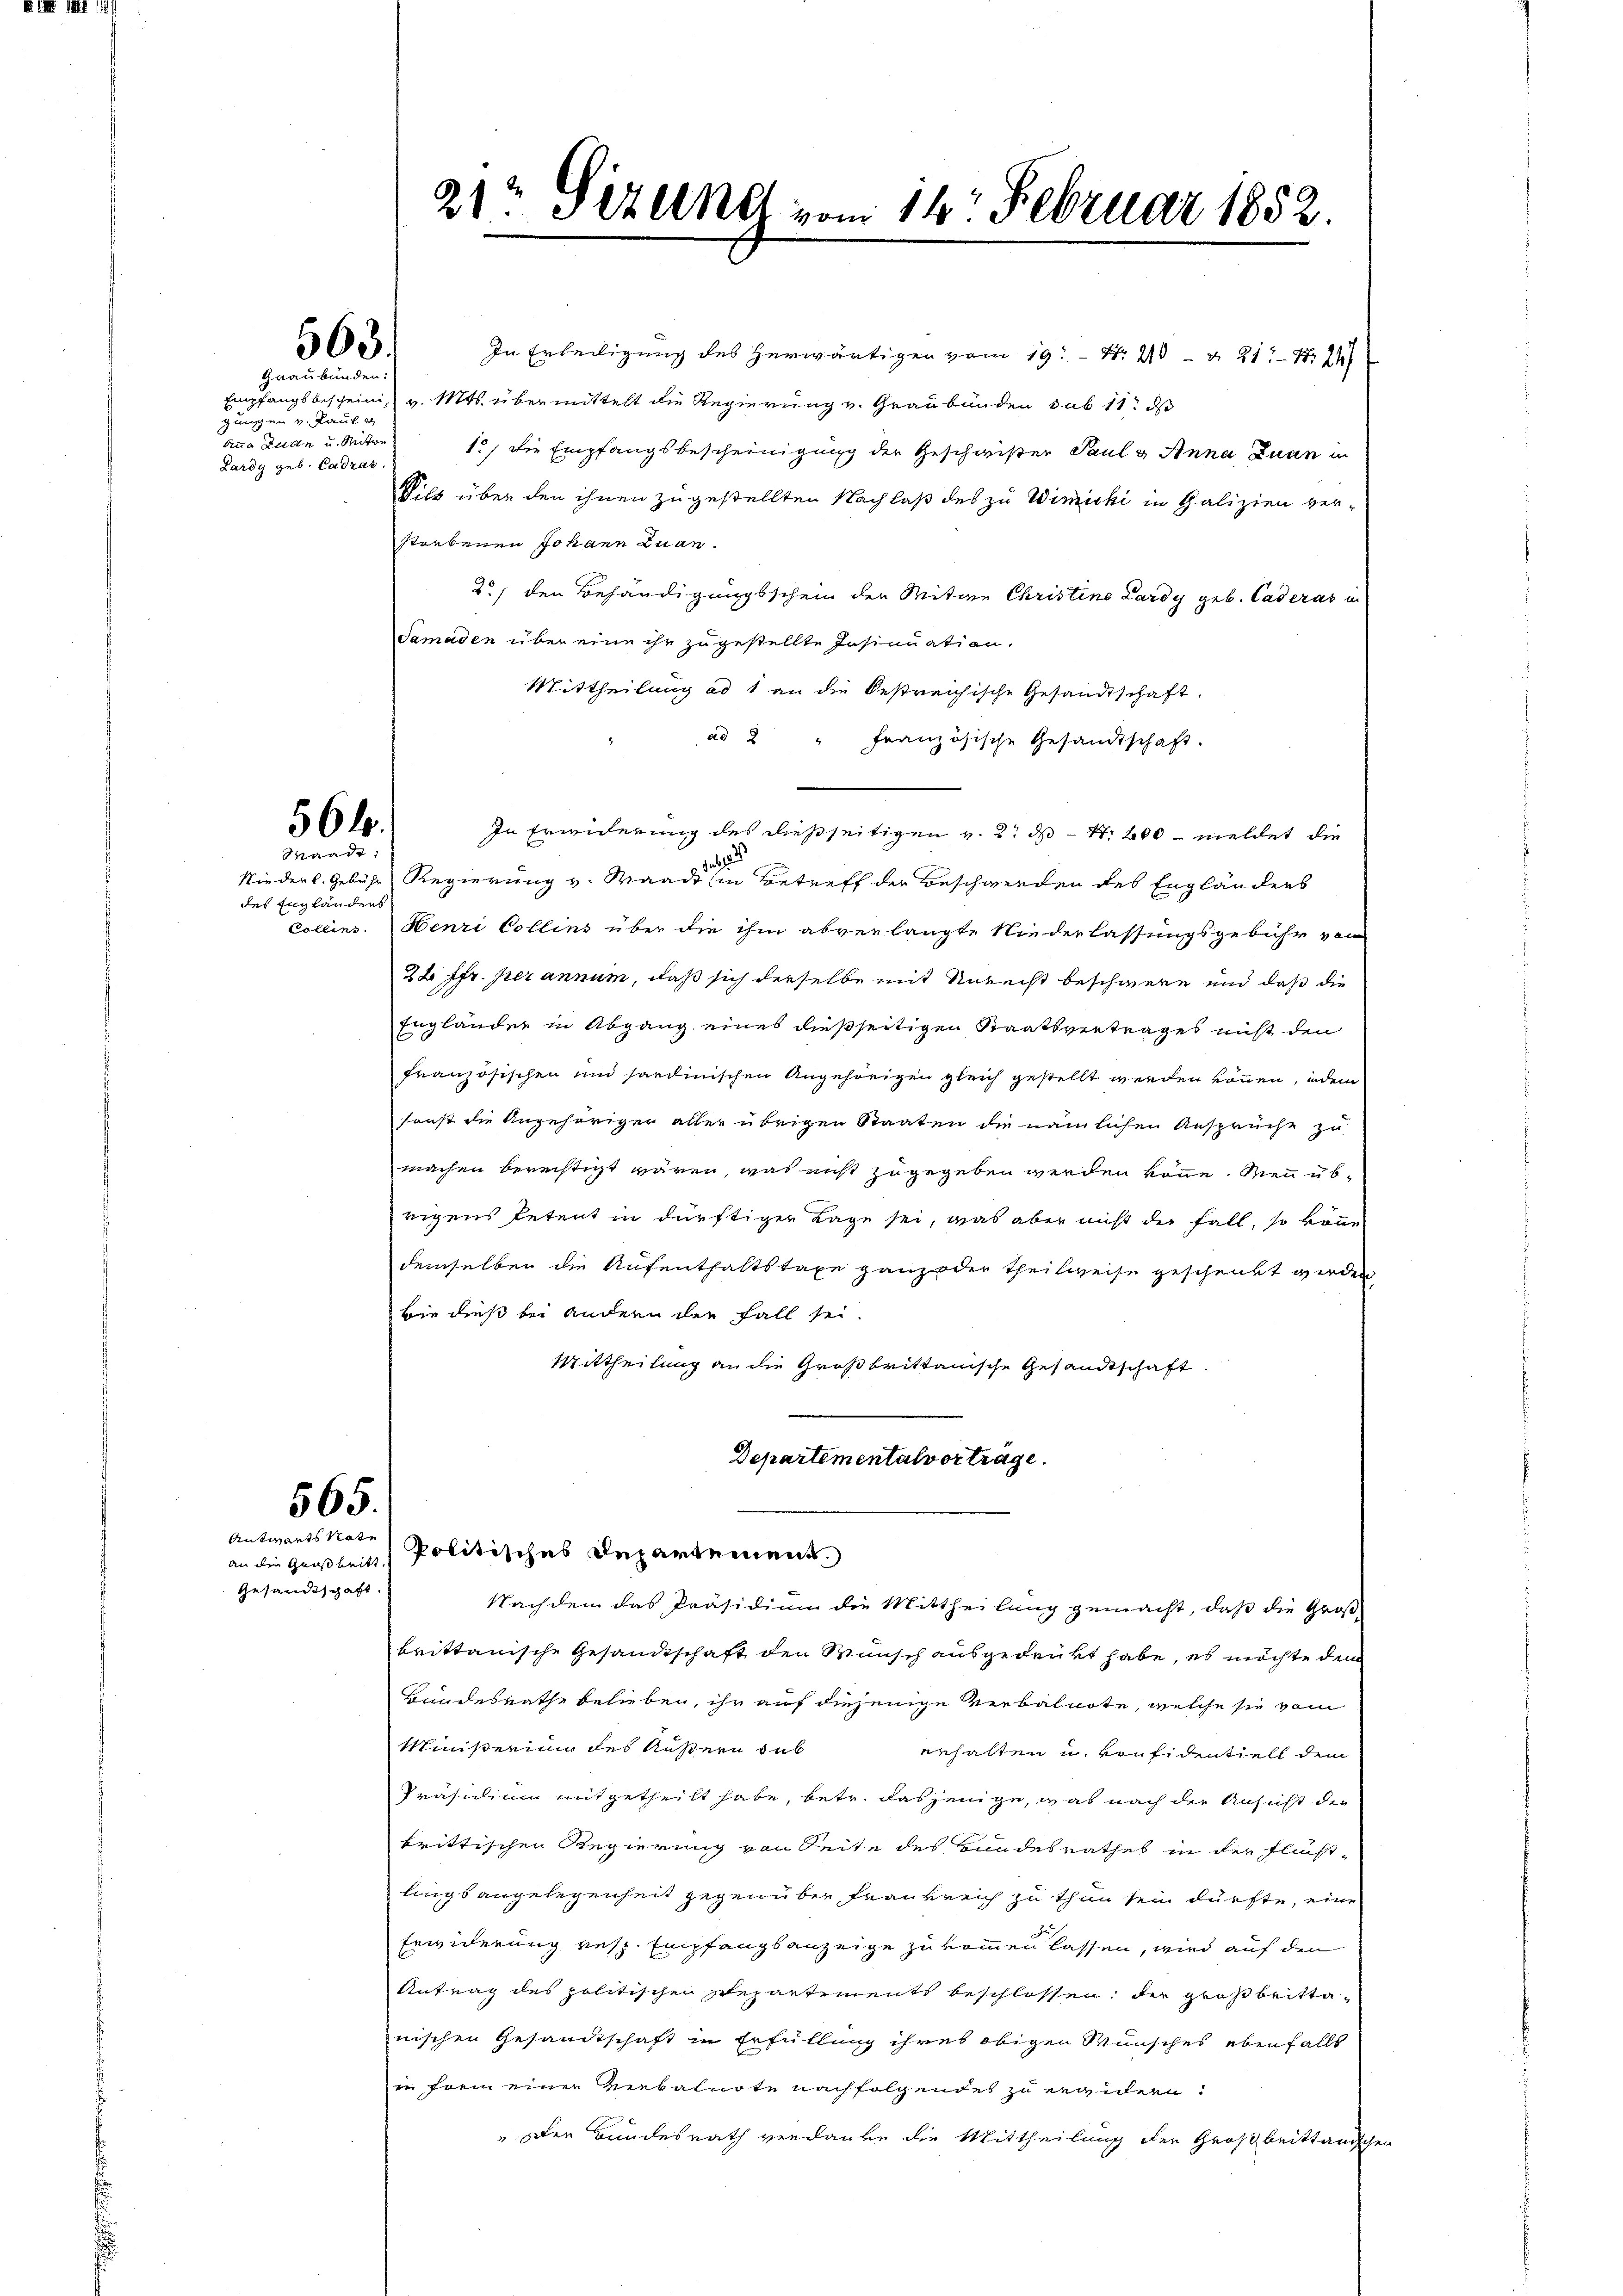
E

III 11

gungen v. Paul g
Anna Zuren u. Mitwe
Lardy geb. Cadrat

563.
Graubünden:

In Erteiligung des herwärtigen vom 19. N. 20 - & 21. Nr. 241
Empfangsbescheinig v. Mts. übermittelt die Regierung v. Graubünden sub 11 d
1.) Die Empfangsbescheinigung der Geschwister Paul u. Anna Zuan in
Vils über den ihnen zugestellten Nachlaß des zu Winicki in Galizien ver-
storbenen Johann Luan.
d., den Behändigungsschein der Mitwe Christine Lardy geb. Caderat in
Samaden über eine ihr zugestellte Insinuation.
Mittheilung ad 1 an die bestreichische Gesandtschaft.
ad 2 " französische Gesandtschaft.
In Erwiderung des dießseitigen v. 2. ds N. 400 meldet die

Niederl. Gebühr Regierung v. Waadt in Betreff der Beschwerden des Engländers
Collins. Henri Collins über die ihm abverlangte Niederlassungsgebühr von
2x ffr. per annum, daß sich derselbe mit Unrecht beschwere und daß die
Engländer in Abgang eines dießseitigen Staatsvertrages nicht den
Französischen und sardinischen Angehörigen gleich gestellt werden können, indem
sonst die Angehöriger aller übrigen Staaten die nämlichen Ansprüche zu
machen berechtigt wären, was nicht zugegeben werden könne. Wenn übrigens Petent in dürftiger Lage sei, was aber nicht der Fall, so könne
demselben die Aufenthaltstaxe ganz oder Theilweise geschenkt werden
bie dieß bei andern der Fall sei.
Mittheilung an die Großbrittanische Gesandtschaft.
Departementalvertrage.

56 f.
Waadt:

des Engländers

565.
Antworts Note

Gesandtschaft

2) Sizankt vom 14. Februar 1852.

an die Großheit. Politisches Departement.
Nachdem das Präsidium die Mittheilung gemacht, daß die Groß¬

brittanische Gesandtschaft den Wunsch ausgedrückt habe, es möchte dem
Bundesrathe belieben, ihr auf diejenige Verbalnote, welche sie vom
Ministerium des Äußern dub
erhalten u. von fidentiell dem
Präsidium mitgetheilt habe, betr. dasjenige, was nach der Ansicht der
brittischen Regierung von Seite des Bundesrathes in der Fluchtlings angelegenheit gegenüber Frankreich zu thun sein dürfte, eine
Erwiderung resp. Empfangsanzeige zu kommen lassen, wird auf den
Antrag des politischen Repartements beschlossen, der Großbrittanischen Gesandtschaft in Erfüllung ihres obigen Wunsches ebenfalls
in frei einer Verbalnote nachfolgendes zu ergidern:
"der Bundesrath verdanke die Mittheilung der Großbrittanischen